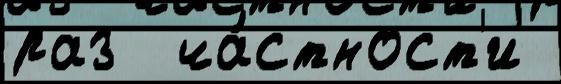
раз  ча́стност'и